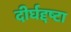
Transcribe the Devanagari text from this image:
दीर्घद्दष्टा